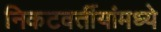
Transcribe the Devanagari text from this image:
निकटवर्तीयांमध्ये